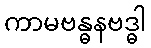
ကာမဗန္ဓနဗဒ္ဓါ